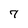
Character: 7